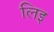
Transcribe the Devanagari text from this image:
लिइ